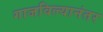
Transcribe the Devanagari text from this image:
गाजविल्यानंतर